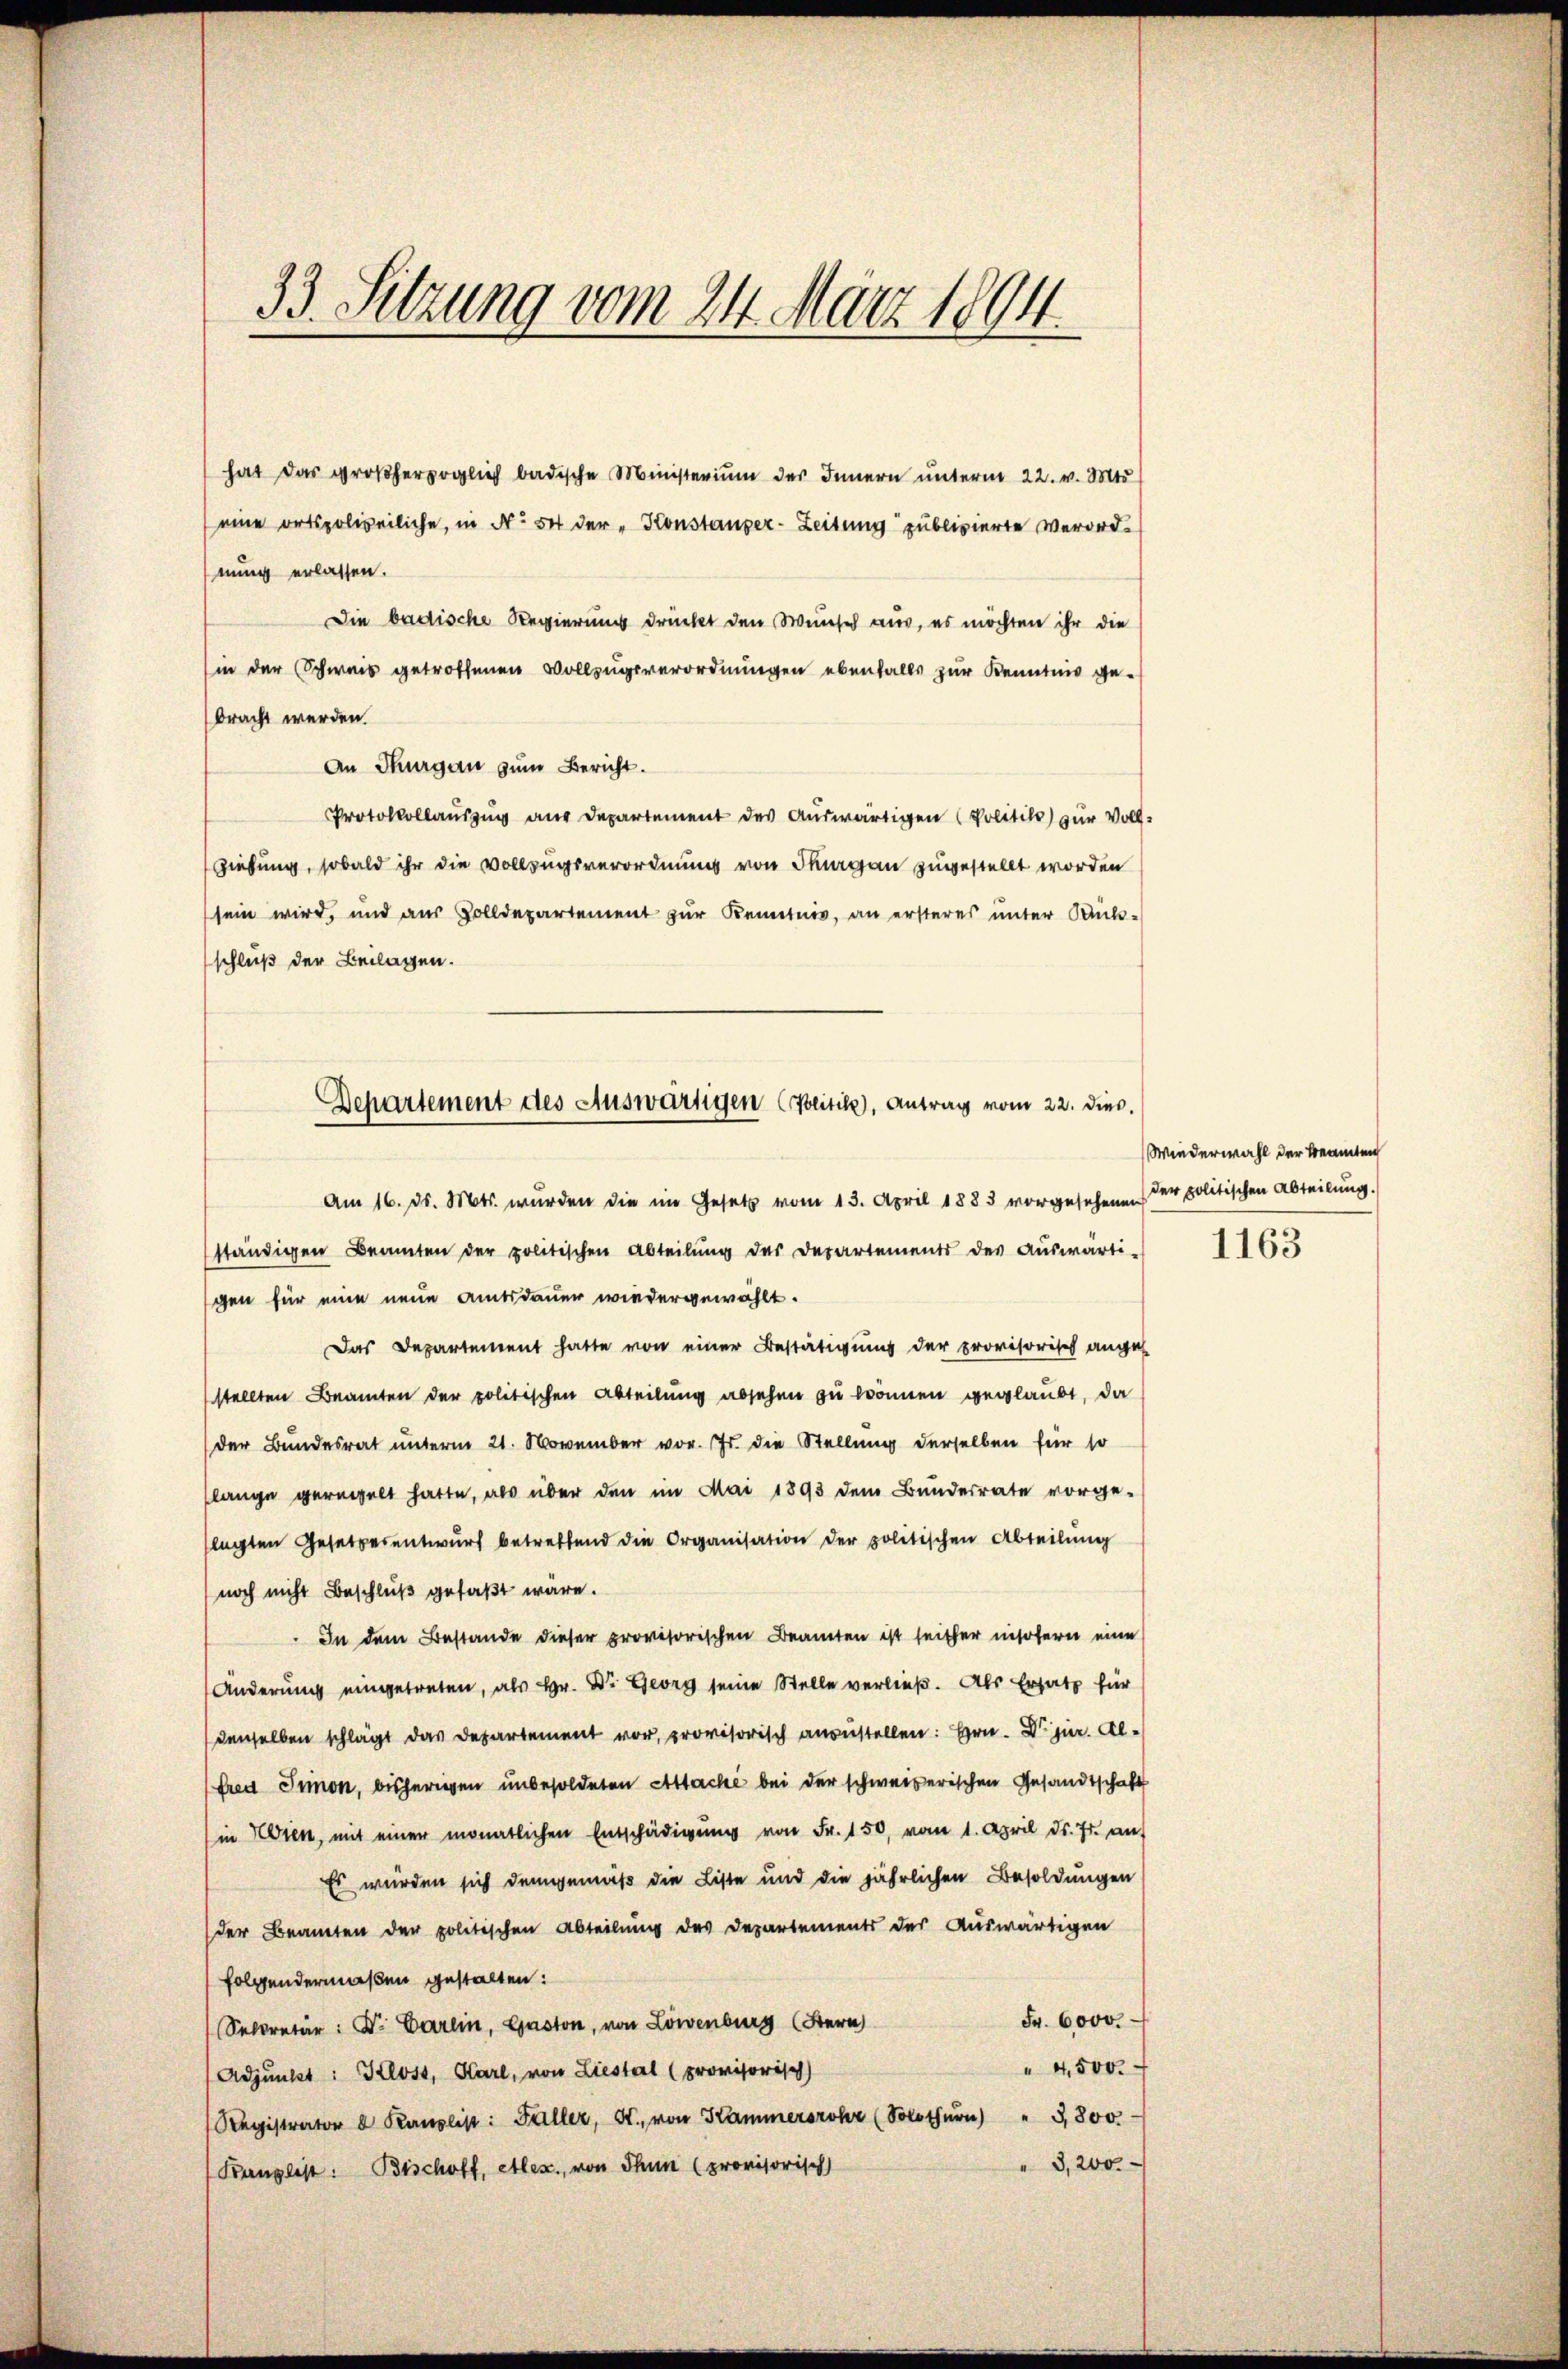
33. Setzung vom 24. März 1894.

hat das großherzoglich badische Ministerium des Innern unterm 22. v. Mts.
eine ortspolizeiliche, in No 54 der „Konstanzer-Zeitung publizierte Verord-
nung erlassen.
Die badische Regierung drückt den Wunsch aus, es möchten ihr die
in der Schweis getroffenen Vollzugsverordnungen ebenfalls zur Kenntnis ge¬
An Thurgau zum Bericht.
Protokollauszug aus Departement des Auswärtigen Politiko) zur Voll¬
Ziehung, sobald ihr die Vollzugsverordnung von Thurgau zugestellt worden
sein wird, und aus Zolldepartement zur Kenntnis, an ersteres unter Rückschluß der Beilagen.

bracht werden.

Departement des Auswärtigen (Politik), Antrag vom 22. dies.

Am 16. ds. Mts. wurden die im Gesetz vom 13. April 1883 vorgesehenen der politischen Abteilŭng.

ständigen Beamten der politischen Abteilŭng des Departements des Auswärti-
gen für eine neue Amtsdauer wiedergewählt.
Das Departement hatte von einer Bestätigung der provisorisch angeh
stellten Beamten der politischen Abteilung absehen zu können geglaubt, da
der Bundesrat unterm 21. November vor. Js. die Stellung derselben für so
lange geregelt hatte, als über den im Mai 1893 dem Bundesrate vorge-
lagten Gesetzesentwurf betreffend die Organisation der politischen Abteilung
noch nicht Beschluß gefaßt wäre.
In dem Bestande dieser provisorischen Beamten ist seither insofern eine
Änderung eingetreten, als Hr. Dr. Georg seine Stelle verließ. Als Ersatz für
denselben schlägt das Departement vor, provisorisch anzustellen: Hrn. Dr jur. Alfred Simon, bisherigen unbesoldeten Attaché bei der schweizerischen Gesandtschaft
(in Wien, mit einer monatlichen Entschädigŭng von Fr. 150, vom 1. April ds. fr. auf
Es wurden sich demgemäß die Liste und die jährlichen Besoldungen
der Beamten der politischen Abteilung des Departements der Auswärtigen
folgendermaßen gestalten:
Fr. 6000.
Sekretär: Dr. Carlin, Gaston, von Löwenburg (Stern
 4,500.
Adjunkt: Klost, Karl, von Liestal (provisorisch
Registrator & Kanzlist: Faller, A. von Kammerrohr (Solothurn) " 3,800.
3,200.
Kanglist. Bischoff, Alex., von Thun (provisorisch

Wiederwahl der Beamten

1163